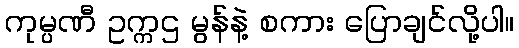
ကုမ္ပဏီ ဥက္ကဌ မွန်နဲ့ စကား ပြောချင်လို့ပါ။